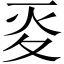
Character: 𡕢